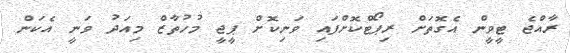
ރާއްޖެ ޓީވީން އެގޮތަށް ރިޕޯޓްކޮށްފައި ވަނިކޮށް ޕީޖީ މުހުތާޒް މިއަދު ވަނީ އެކަން